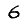
Digit: 6